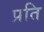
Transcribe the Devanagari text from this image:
प्रति